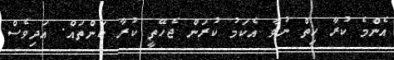
އެންމެ ކުރާ ހިތް ނުވާ އެކަމު ކުރަން ޖެހޭތީ ކުރާ ކަންތައް. އަދިވެސް